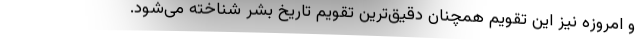
و امروزه نیز این تقویم همچنان دقیق‌ترین تقویم تاریخ بشر شناخته می‌شود.